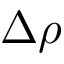
\Delta \rho